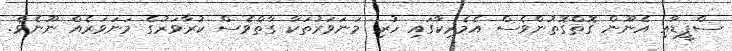
ސްޕީޑާއި އެނޫން ގޮތްގޮތުންވެސް އެމެރިކާގައި ހުރި މަނަވަރުތަކާ ގާތްވެސް ކުރާވަރުގެ މަނަވަރެއް ނޫނެވެ.